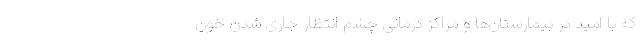
که با امید در بیمارستان‌ها و مراکز درمانی چشم انتظار جاری شدن خون